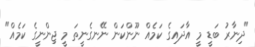
"ދިނާރު ބަޑީ މީ އާދައިގެ ކަމެއް ނޫންކަން ނޭނގެނީތަ މީ ޖިންނީގެ ކަމެއް"